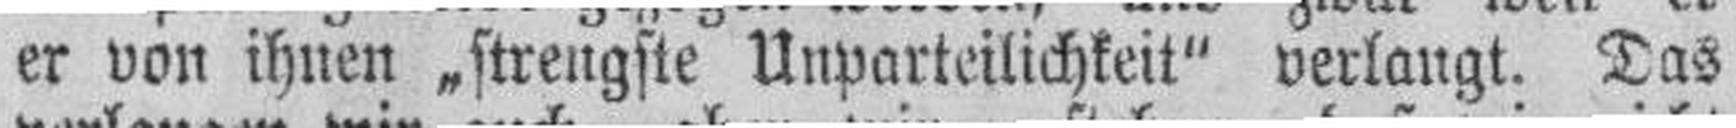
er von ihnen „strengste Unparteilichkeit" verlangt. Das